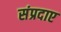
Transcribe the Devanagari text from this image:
संप्रदाए